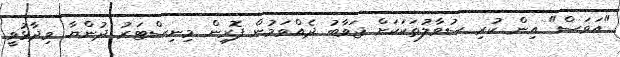
"އަވަސް" އިން ކުރި ސުވާލުތަކަކަށް ޖަވާބު ދެއްވަމުން ފޮރިން މިނިސްޓަރު ދުންޔާ ވިދާޅުވީ